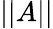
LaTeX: \left|\left|A\right|\right|